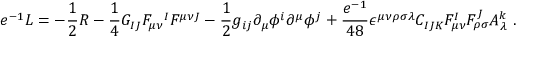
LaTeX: e ^ { - 1 } { \cal L } = - { \frac { 1 } { 2 } } R - { \frac { 1 } { 4 } } G _ { I J } F _ { \mu \nu } { } ^ { I } F ^ { \mu \nu J } - { \frac { 1 } { 2 } } g _ { i j } \partial _ { \mu } \phi ^ { i } \partial ^ { \mu } \phi ^ { j } + { \frac { e ^ { - 1 } } { 4 8 } } \epsilon ^ { \mu \nu \rho \sigma \lambda } C _ { I J K } F _ { \mu \nu } ^ { I } F _ { \rho \sigma } ^ { J } A _ { \lambda } ^ { k } \ .